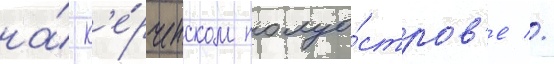
на́ к'е́рченском полуо́стров'е //